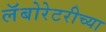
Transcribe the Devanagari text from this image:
लॅबोरेटरीच्या